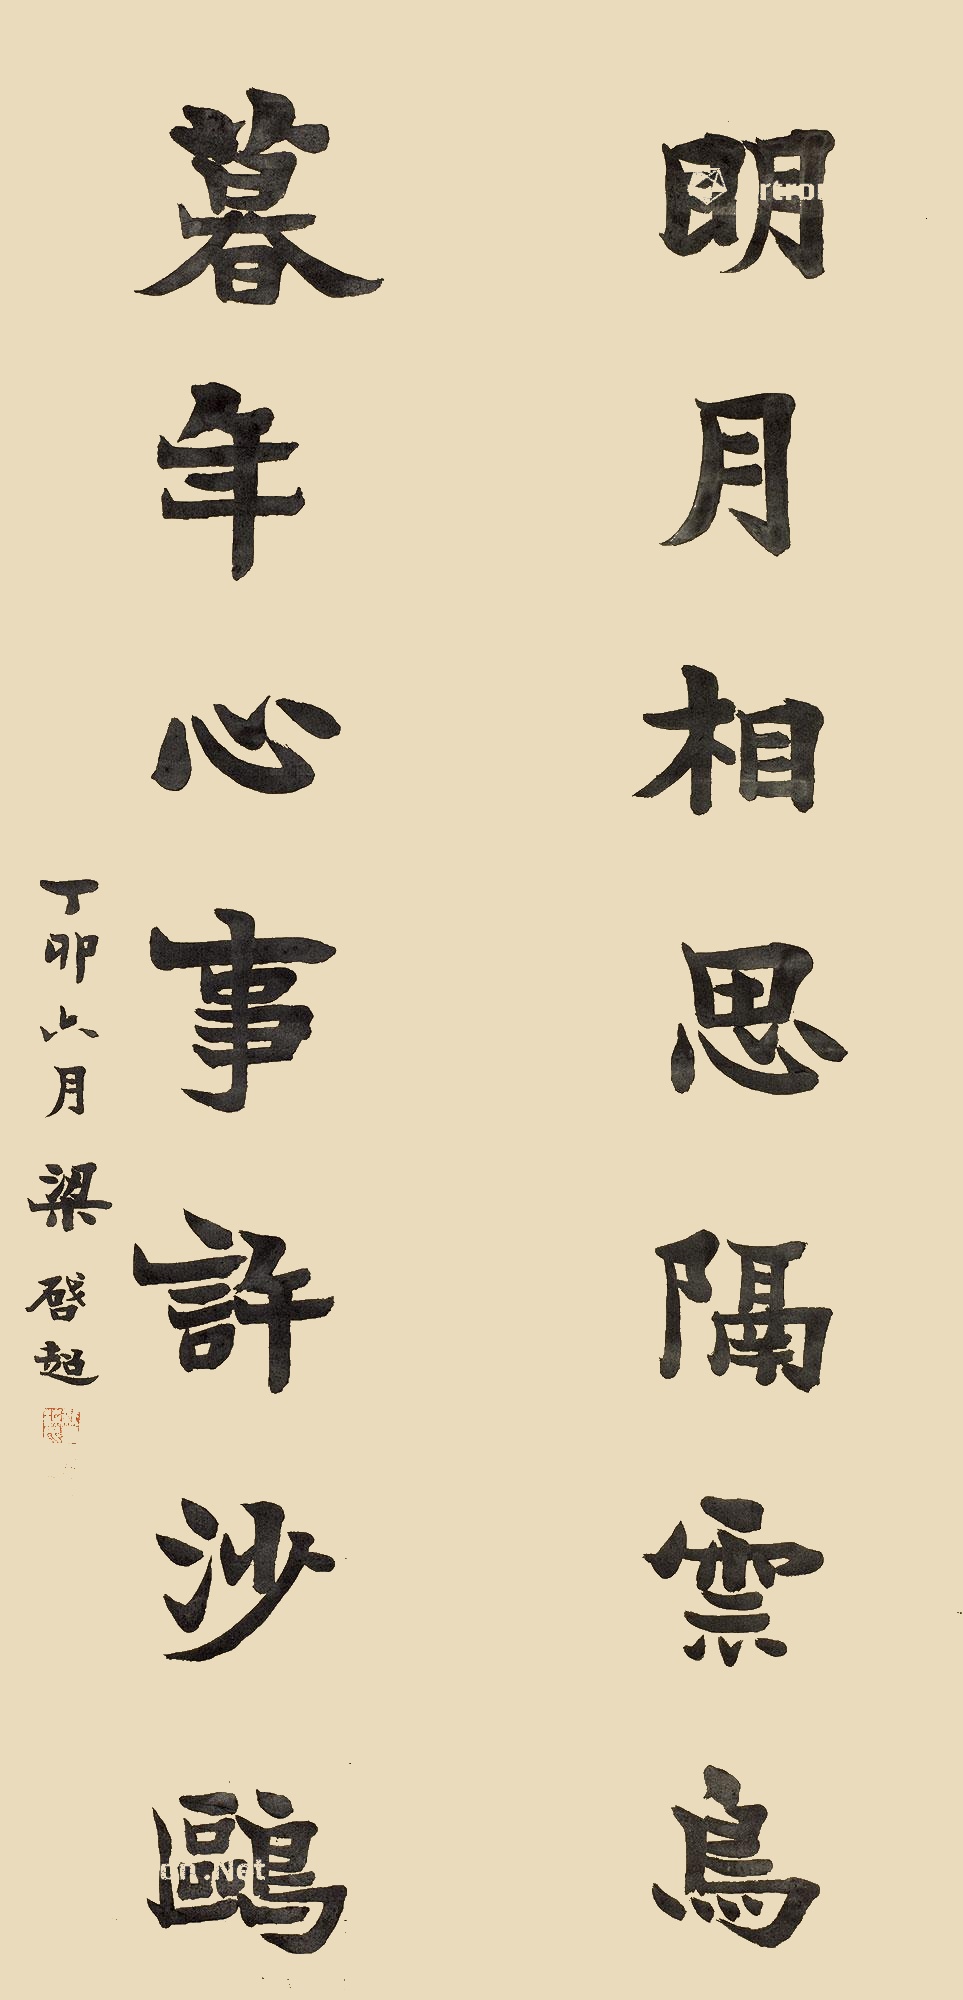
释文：明月相思隔云鸟，暮年心事许沙鸥。丁卯六月，梁启超。